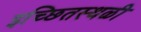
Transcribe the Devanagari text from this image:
इच्छितस्थळी